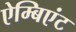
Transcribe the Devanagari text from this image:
ऐम्बिएंट